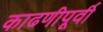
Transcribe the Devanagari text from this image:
काढणीपूर्वी